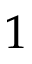
1